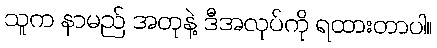
သူက နာမည် အတုနဲ့ ဒီအလုပ်ကို ရထားတာပါ။